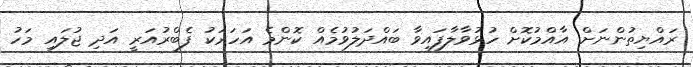
ރައްޔިތުންނަށް އާއްމުކޮށް ހުޅުވާލާފައިވާ ބައްދަލުވުމެއް ކޮންމެ އަހަރަކު ފެބްރުއަރީ އަދި ޖުލައި މަހު